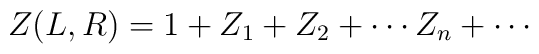
Z(L,R) = 1 + Z_1 + Z_2 + \cdots Z_n + \cdots